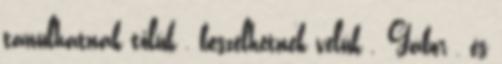
tanulhatnak tőlük , beszélhetnek velük . Gábor , és